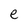
Character: e